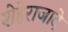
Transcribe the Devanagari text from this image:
शेहेराजादे